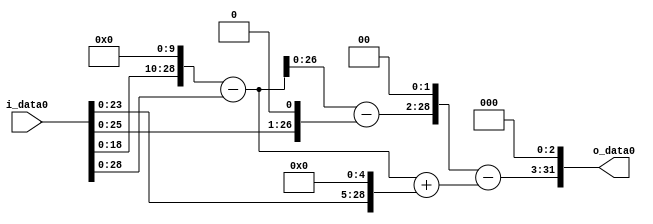
module multiplier_block (
    i_data0,
    o_data0
);

  // Port mode declarations:
  input   [31:0] i_data0;
  output  [31:0]
    o_data0;

  //Multipliers:

  wire [31:0]
    w1,
    w1024,
    w1023,
    w2,
    w1021,
    w32,
    w1055,
    w4084,
    w3029,
    w24232;

  assign w1 = i_data0;
  assign w1021 = w1023 - w2;
  assign w1023 = w1024 - w1;
  assign w1024 = w1 << 10;
  assign w1055 = w1023 + w32;
  assign w2 = w1 << 1;
  assign w24232 = w3029 << 3;
  assign w3029 = w4084 - w1055;
  assign w32 = w1 << 5;
  assign w4084 = w1021 << 2;

  assign o_data0 = w24232;

  //multiplier_block area estimate = 6872.34229935442;
endmodule